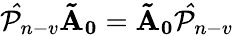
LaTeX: \mathcal{\hat{P}}_{n-v}\mathbf{\tilde{A}_{0}}=\mathbf{\tilde{A}_{0}}\mathcal{\hat{P}}_{n-v}